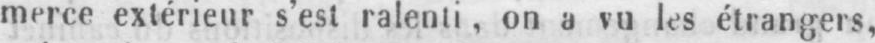
merce extérieur s’est ralenti, on a vu les étrangers,